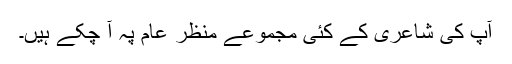
آپ کی شاعری کے کئی مجموعے منظر عام پہ آ چکے ہیں۔